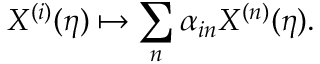
X ^ { ( i ) } ( \eta ) \mapsto \sum _ { n } \alpha _ { i n } X ^ { ( n ) } ( \eta ) .